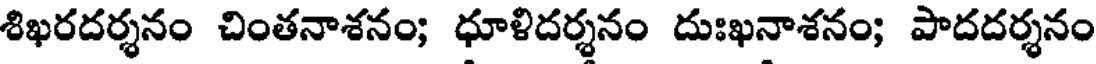
శిఖరదర్శనం చింతనాశనం; ధూళిదర్శనం దుఃఖనాశనం; పాదదర్శనం